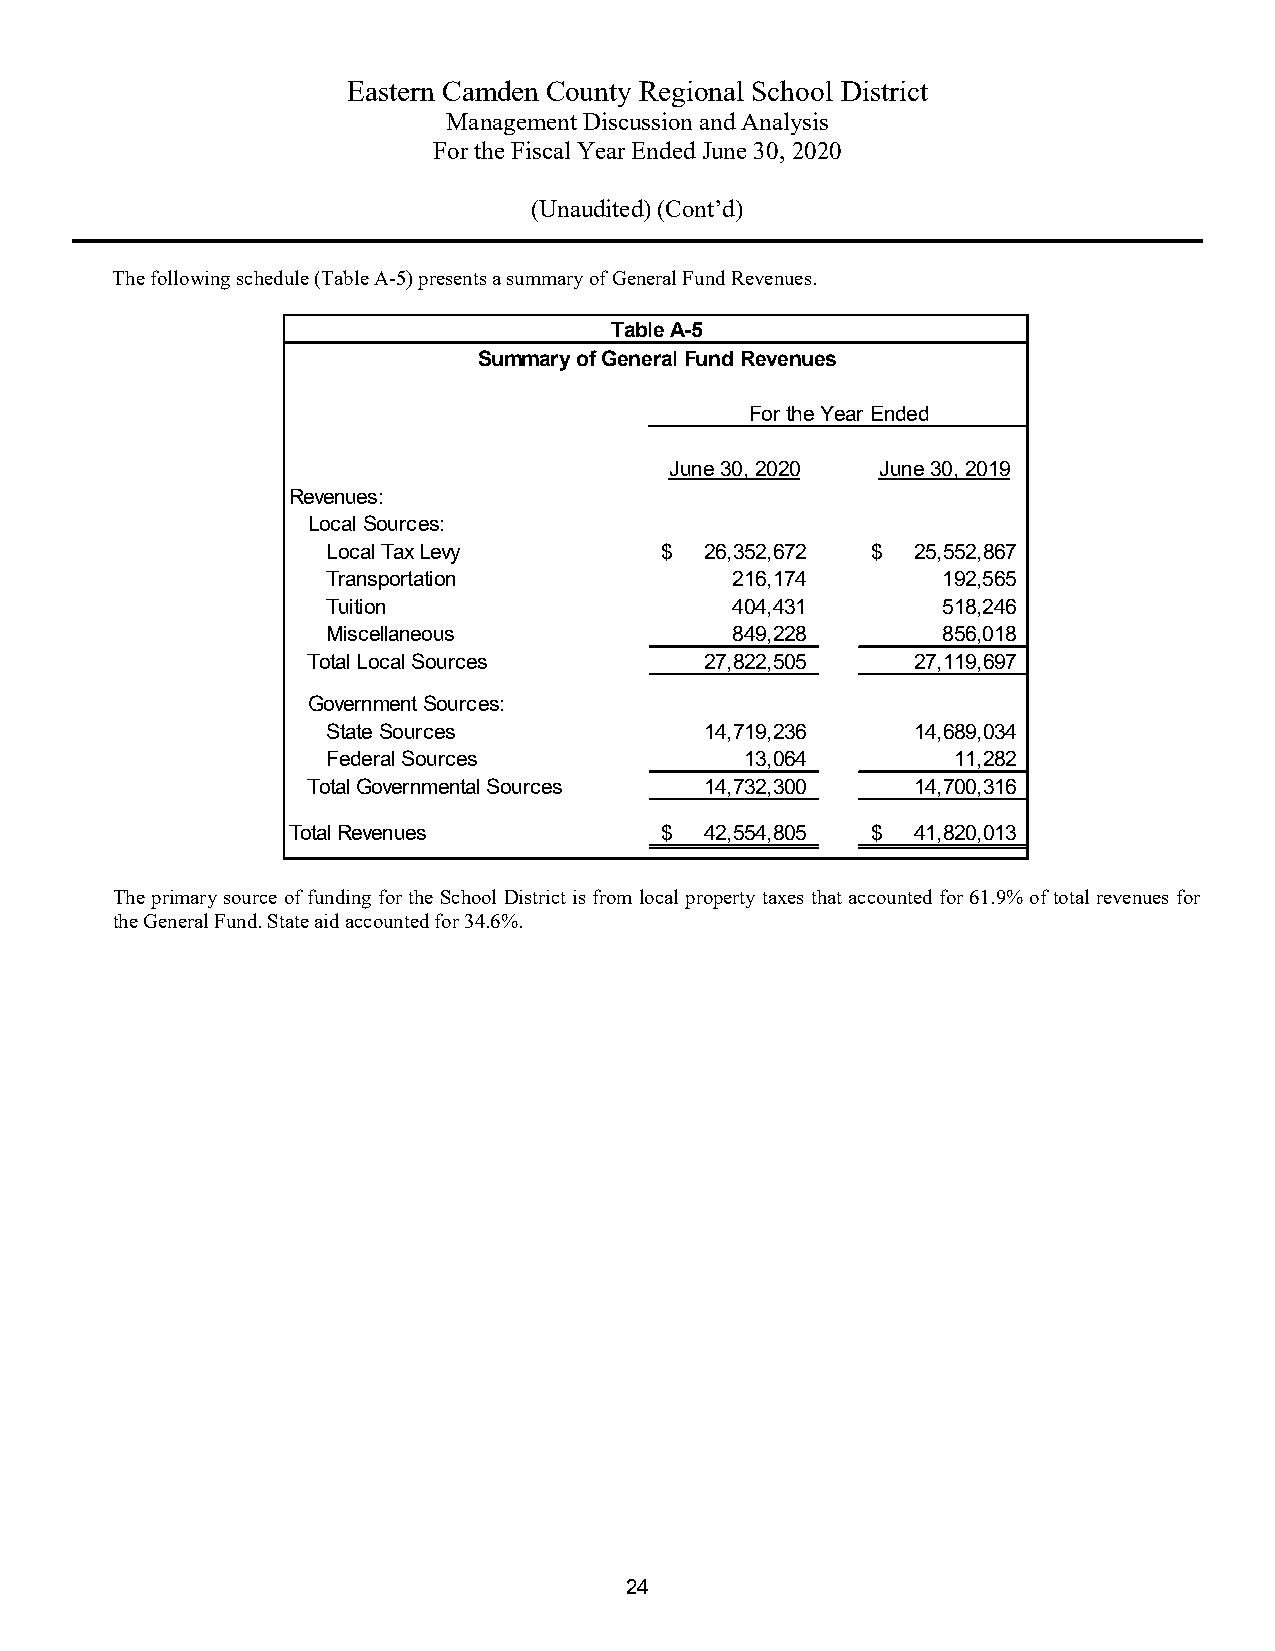
Eastern Camden County Regional School District
 Management Discussion and Analysis
 For the Fiscal Year Ended June 30, 2020
 (Unaudited)(Cont’d)
 The following schedule (Table A-5) presents a summary of General Fund Revenues.
 Table A-5
 Summary of General Fund Revenues
 For the Year Ended
 June 30, 2020 June 30, 2019
 Revenues:
 Local Sources:
 Local Tax Levy        $  26,352,672 $ 25,552,867
 Transportation            216,174       192,565
 Tuition                   404,431       518,246
 Miscellaneous             849,228       856,018
 Total Local Sources        27,822,505   27,119,697
 Government Sources:
 State Sources            14,719,236   14,689,034
 Federal Sources            13,064        11,282
 Total Governmental Sources 14,732,300   14,700,316
 Total Revenues           $  42,554,805 $ 41,820,013
 The primary source of funding for the School District is from local property taxes that accounted for 61.9% of total revenuesfor
 the General Fund. State aid accounted for 34.6%.
 24